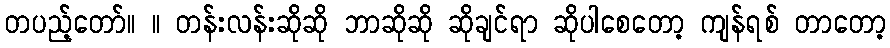
တပည့်တော်။ ။ တန်းလန်းဆိုဆို ဘာဆိုဆို ဆိုချင်ရာ ဆိုပါစေတော့ ကျန်ရစ် တာတော့